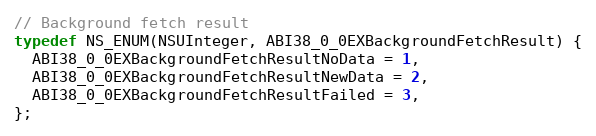
Language: C
// Background fetch result
typedef NS_ENUM(NSUInteger, ABI38_0_0EXBackgroundFetchResult) {
  ABI38_0_0EXBackgroundFetchResultNoData = 1,
  ABI38_0_0EXBackgroundFetchResultNewData = 2,
  ABI38_0_0EXBackgroundFetchResultFailed = 3,
};